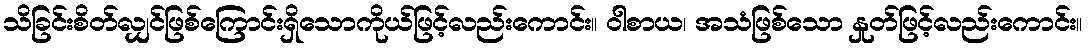
သိခြင်းစိတ်လျှင်ဖြစ်ကြောင်းရှိသောကိုယ်ဖြင့်လည်းကောင်း။ ဝါစာယ၊ အသံဖြစ်သော နှုတ်ဖြင့်လည်းကောင်း။